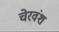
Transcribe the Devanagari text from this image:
चेरवंश